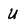
Character: U